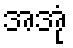
အအုံ